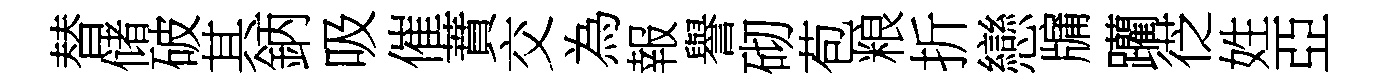
替储破其鈵吸催蕡交為報譽砌苞粮折戀牖躪徔姓亞